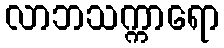
လာဘသက္ကာရော